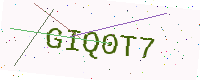
Text: GIQ0T7